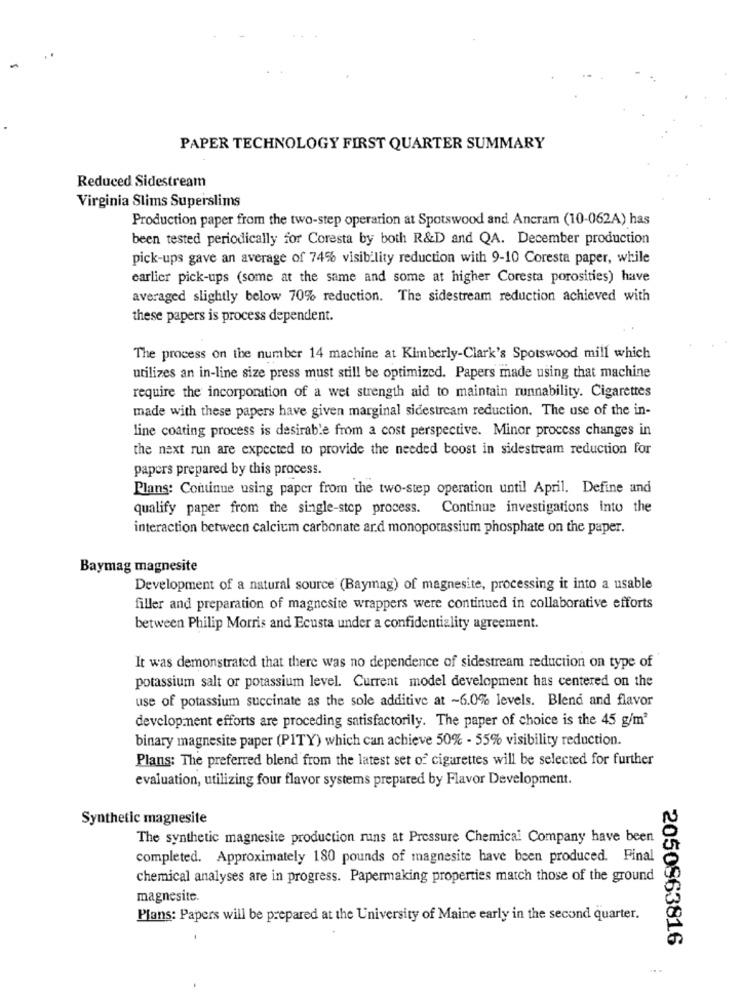
PAPER TECHNOLOGY FIRST QUARTER SUMMARY
Reduced Sidestream
Virginia Slims Superslims
Production paper from the two-step operarion at Spotswood and Ancram (10-062A) has
been tested periodically for Coresta by both R&D and QA. December production
pick-ups gave an average of 74% visibility reduction with 9-10 Coresta paper, while
earlier pick-ups (some at the same and some at higher Coresta porosities) have
averaged slightly below 70% reduction. The sidestream reduction achieved with
these papers is process dependent.
The process on the number 14 machine at Kimberly-Clark's Spotswood mill which
utilizes an in-line size press must still be optimized. Papers made using that machine
require the incorporation of a wet strength aid to maintain runnability. Cigarettes
made with these papers have given marginal sidestream reduction. The use of the in-
line coating process is desirable from a cost perspective. Minor process changes in
the next run are expected to provide the needed toost in sidestream reduction for
papers prepared by this process.
Plans: Continue using paper from the two-step operation until April. Define and
qualify paper from the single-step process. Continue investigations into the
interaction between calcium carbonate ard monopotassium phosphate on the paper.
Baymag magnesite
Development of a natural source (Baymag) of magnesite, processing it into a usable
filler and preparation of magnesite wrappers were continued in collaborative efforts
between Philip Morris and Ecusta under a confidentiality agreement.
It was demonstrated that there was no dependence of sidestream reduction on type of
potassium salt or potassium level. Current model development has centered on the
use of potassium succinate as the sole additive at ~6.0% levels. Blend and flavor
development efforts are proceding satisfactorily. The paper of choice is the 45 g/m3
binary magnesite paper (PITY) which can achieve 50% - 55% visibility reduction.
Plans: The preferred blend from the latest set of cigarettes will be selected for further
evaluation, utilizing four flavor systems prepared by Flavor Development.
Synthetic magnesite
The synthetic magnesite production runs at Pressure Chemical Company have been
completed. Approximately 180 pounds of magnesite have been produced. Final
chemical analyses are in progress. Papermaking properties match those of the ground
magnesite.
Plans: Papers will be prepared at the University of Maine early in the second quarter.
2050963816